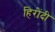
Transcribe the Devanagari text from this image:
हिरोंदी